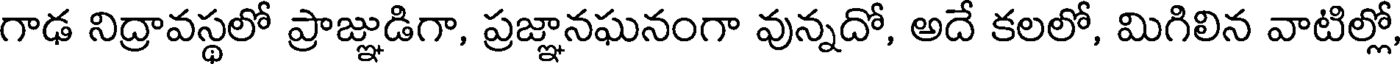
గాఢ నిద్రావస్థలో ప్రాజ్ఞుడిగా, ప్రజ్ఞానఘనంగా వున్నదో, అదే కలలో, మిగిలిన వాటిల్లో